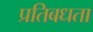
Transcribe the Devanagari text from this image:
प्रतिबधता